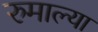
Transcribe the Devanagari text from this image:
रुमाल्या